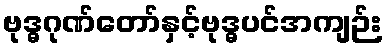
ဗုဒ္ဓဂုဏ်တော်နှင့်ဗုဒ္ဓပင်အကျဉ်း